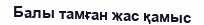
Балы тамған жас қамыс